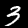
Digit: 3